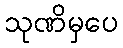
သုဏိမှပေ